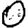
Digit: 0